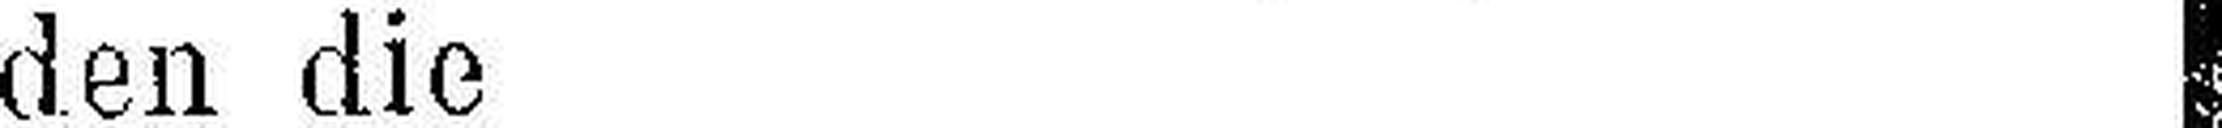
den die